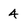
Character: 4